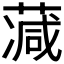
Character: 𦸮